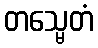
တသ္မေတံ